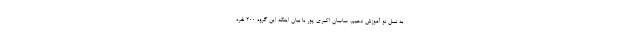
به نسل نو آموزش دهیم. ساسان اکبری پور با بیان اینکه این گروه ۲۰۰ نفره